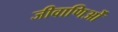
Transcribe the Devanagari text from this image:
जीवाणिओं